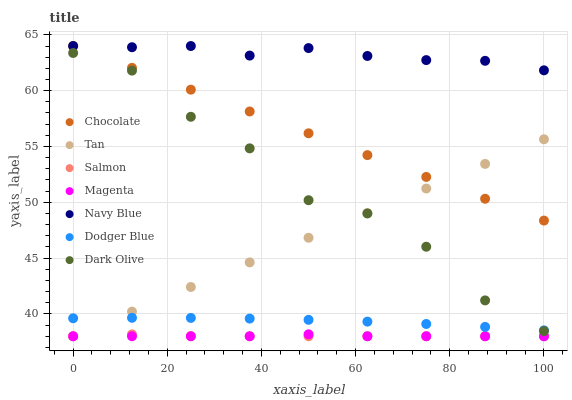
| xaxis_label | Chocolate | Tan | Salmon | Magenta | Navy Blue | Dodger Blue | Dark Olive |
 | --- | --- | --- | --- | --- | --- | --- | --- |
 | 0 | 64 | 38 | 38 | 38 | 64 | 39.6 | 63.4 |
 | 12.5 | 62 | 40.2 | 38.2 | 38 | 63.9 | 39.7 | 61.8 |
 | 25 | 60.1 | 42.4 | 38 | 38 | 64 | 39.6 | 57.7 |
 | 37.5 | 58.1 | 44.6 | 38 | 38 | 63.1 | 39.6 | 54.8 |
 | 50 | 56.2 | 46.8 | 38 | 38.2 | 63.8 | 39.5 | 50.2 |
 | 62.5 | 54.2 | 49 | 38 | 38 | 63.1 | 39.3 | 49 |
 | 75 | 52.3 | 51.2 | 38 | 38 | 62.7 | 39.1 | 46 |
 | 87.5 | 50.3 | 53.4 | 38 | 38 | 62.7 | 38.8 | 41.2 |
 | 100 | 48.4 | 55.6 | 38 | 38 | 61.8 | 38.5 | 38.5 |